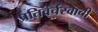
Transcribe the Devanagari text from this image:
प्रतिवर्चस्वाची